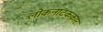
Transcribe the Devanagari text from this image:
लोकनाटककार